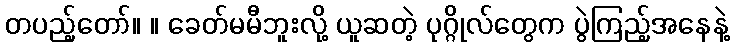
တပည့်တော်။ ။ ခေတ်မမီဘူးလို့ ယူဆတဲ့ ပုဂ္ဂိုလ်တွေက ပွဲကြည့်အနေနဲ့